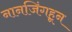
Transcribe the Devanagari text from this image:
नानजिंगहून